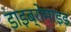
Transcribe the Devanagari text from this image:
डाइब्रोमाइड